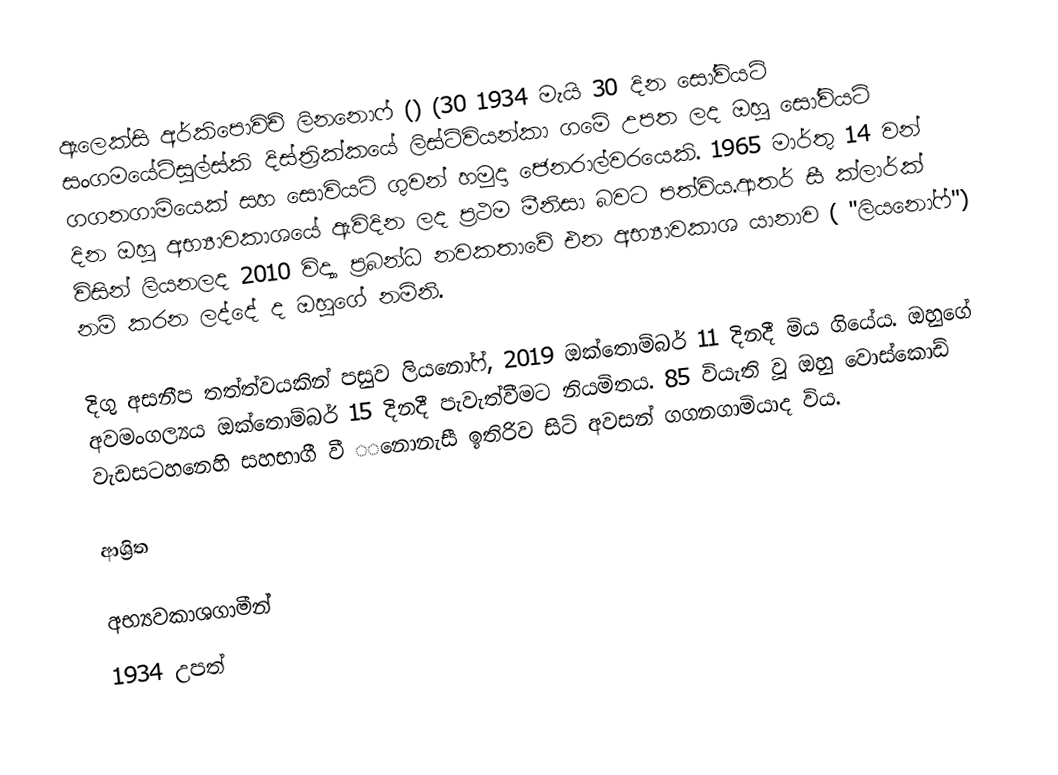
ඇලෙක්සි අර්කිපොවිච් ලිනනොෆ් () (30 1934 මැයි 30 දින සෝවියට් සංගමයේටිසුල්ස්කි දිස්ත්‍රික්කයේ ලිස්ට්වියන්කා ගමේ උපත ලද ඔහු සෝවියට් ගගනගාමියෙක් සහ  සොවියට් ගුවන් හමුදා ජෙනරාල්වරයෙකි. 1965 මාර්තු 14 වන් දින ඔහු අභ්‍යාවකාශයේ ඇවිදින ලද ප්‍රථම මීනිසා බවට පත්විය.ආතර් සී ක්ලාර්ක් විසින් ලියනලද 2010 විද්‍යා ප්‍රබන්ධ නවකතාවේ එන අභ්‍යාවකාශ යානාව ( "ලියනෝෆ්") නම් කරන ලද්දේ ද ඔහුගේ නමිනි.

දිගු අසනීප තත්ත්වයකින් පසුව ලියනෝෆ්, 2019 ඔක්තොම්බර් 11 දිනදී මිය ගියේය. ඔහුගේ අවමංගල්‍යය ඔක්තොම්බර් 15 දිනදී පැවැත්වීමට නියමිතය. 85 වියැති වූ ඔහු  වොස්කොඩ් වැඩසටහනෙහි සහභාගී වී ‌‌‌නොනැසී  ඉතිරිව සිටි අවසන් ගගනගාමියාද විය.

ආශ්‍රිත

අභ්‍යවකාශගාමීන්
1934 උපත්